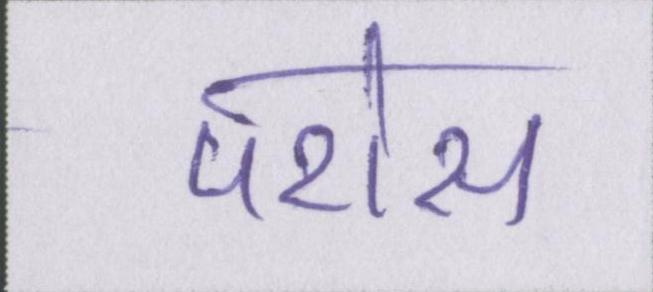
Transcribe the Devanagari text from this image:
परोस